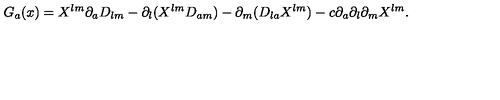
{ G } _ { a } ( x ) = X ^ { l m } \partial _ { a } D _ { l m } - \partial _ { l } ( X ^ { l m } D _ { a m } ) - \partial _ { m } ( D _ { l a } X ^ { l m } ) - c \partial _ { a } \partial _ { l } \partial _ { m } X ^ { l m } .